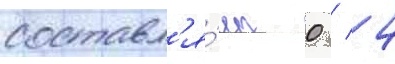
составл'я́ет 0 / 4